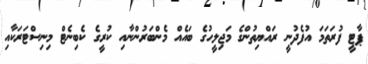
ޕާޓީ ފުރަތަމަ އުފެދުނީ ރައްޔިތުންގެ މަޖިލީހުގެ ބައެއް މެންބަރުންނާއި ކުރީގެ ކެބިނެޓް މިނިސްޓަރަކާއި